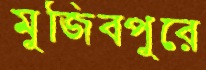
মুজিবপুরে